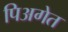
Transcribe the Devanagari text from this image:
पिअगेत